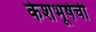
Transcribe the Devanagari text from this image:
केशभूषेची